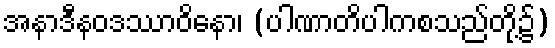
အနာဒီနဝဒဿာဝိနော၊ (ပါဏာတိပါကစသည်တို့၌)